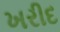
ખરીદ